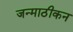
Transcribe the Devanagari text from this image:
जन्माठीकन